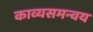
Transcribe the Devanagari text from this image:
काव्यसमन्वय